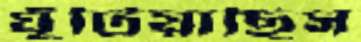
ঘুঁটিয়াছিস